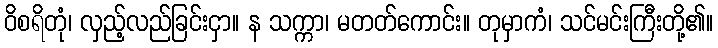
ဝိစရိတုံ၊ လှည့်လည်ခြင်းငှာ။ န သက္ကာ၊ မတတ်ကောင်း။ တုမှာကံ၊ သင်မင်းကြီးတို့၏။